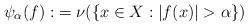
LaTeX: \begin{align*}\psi_\alpha(f):&= \nu(\{x\in X:|f(x)|>\alpha \})\end{align*}